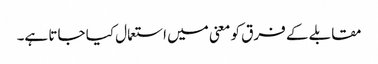
مقابلے کے فرق کو معنی میں استعمال کیا جاتا ہے۔